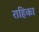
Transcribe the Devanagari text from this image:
राहिका